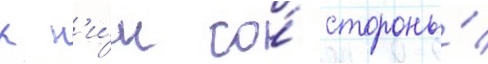
к н'и́м со́ стороны́